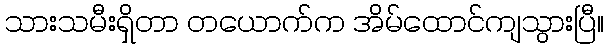
သားသမီးရှိတာ တယောက်က အိမ်ထောင်ကျသွားပြီ။